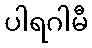
ပါရဂါမီ